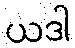
ယဒါ